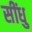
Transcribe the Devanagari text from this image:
सींधु